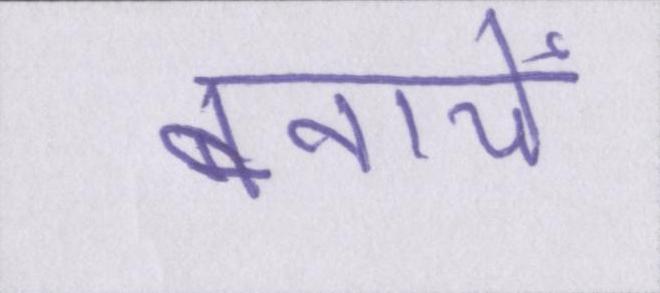
बनायें